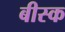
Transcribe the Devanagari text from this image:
बीस्क